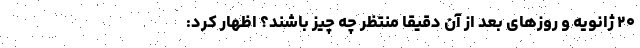
۲۰ ژانویه و روزهای بعد از آن دقیقا منتظر چه چیز باشند؟ اظهار کرد: